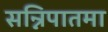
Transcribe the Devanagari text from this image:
सन्निपातमा